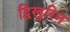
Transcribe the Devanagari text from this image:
द्विखुरिन